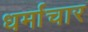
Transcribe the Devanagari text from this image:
धर्माचार